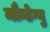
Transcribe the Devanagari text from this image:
मौन्टेग्यु